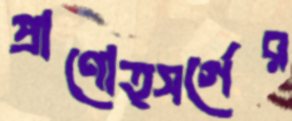
প্রাণোত্সর্গের